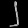
Digit: ၂